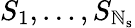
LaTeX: S_{1},\ldots,S_{\mathbb{N}_{\mathrm{{s}}}}